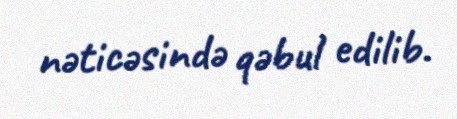
nəticəsində qəbul edilib.